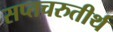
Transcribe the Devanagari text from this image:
सप्तचरुतीर्थ